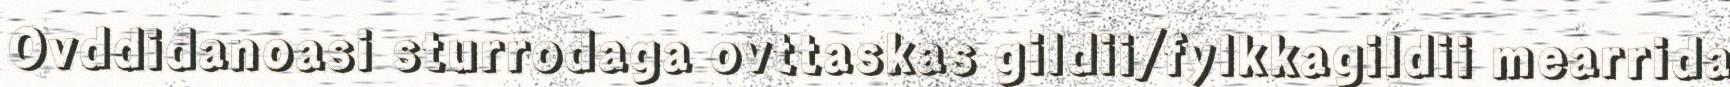
Ovddidanoasi sturrodaga ovttaskas gildii/fylkkagildii mearrida